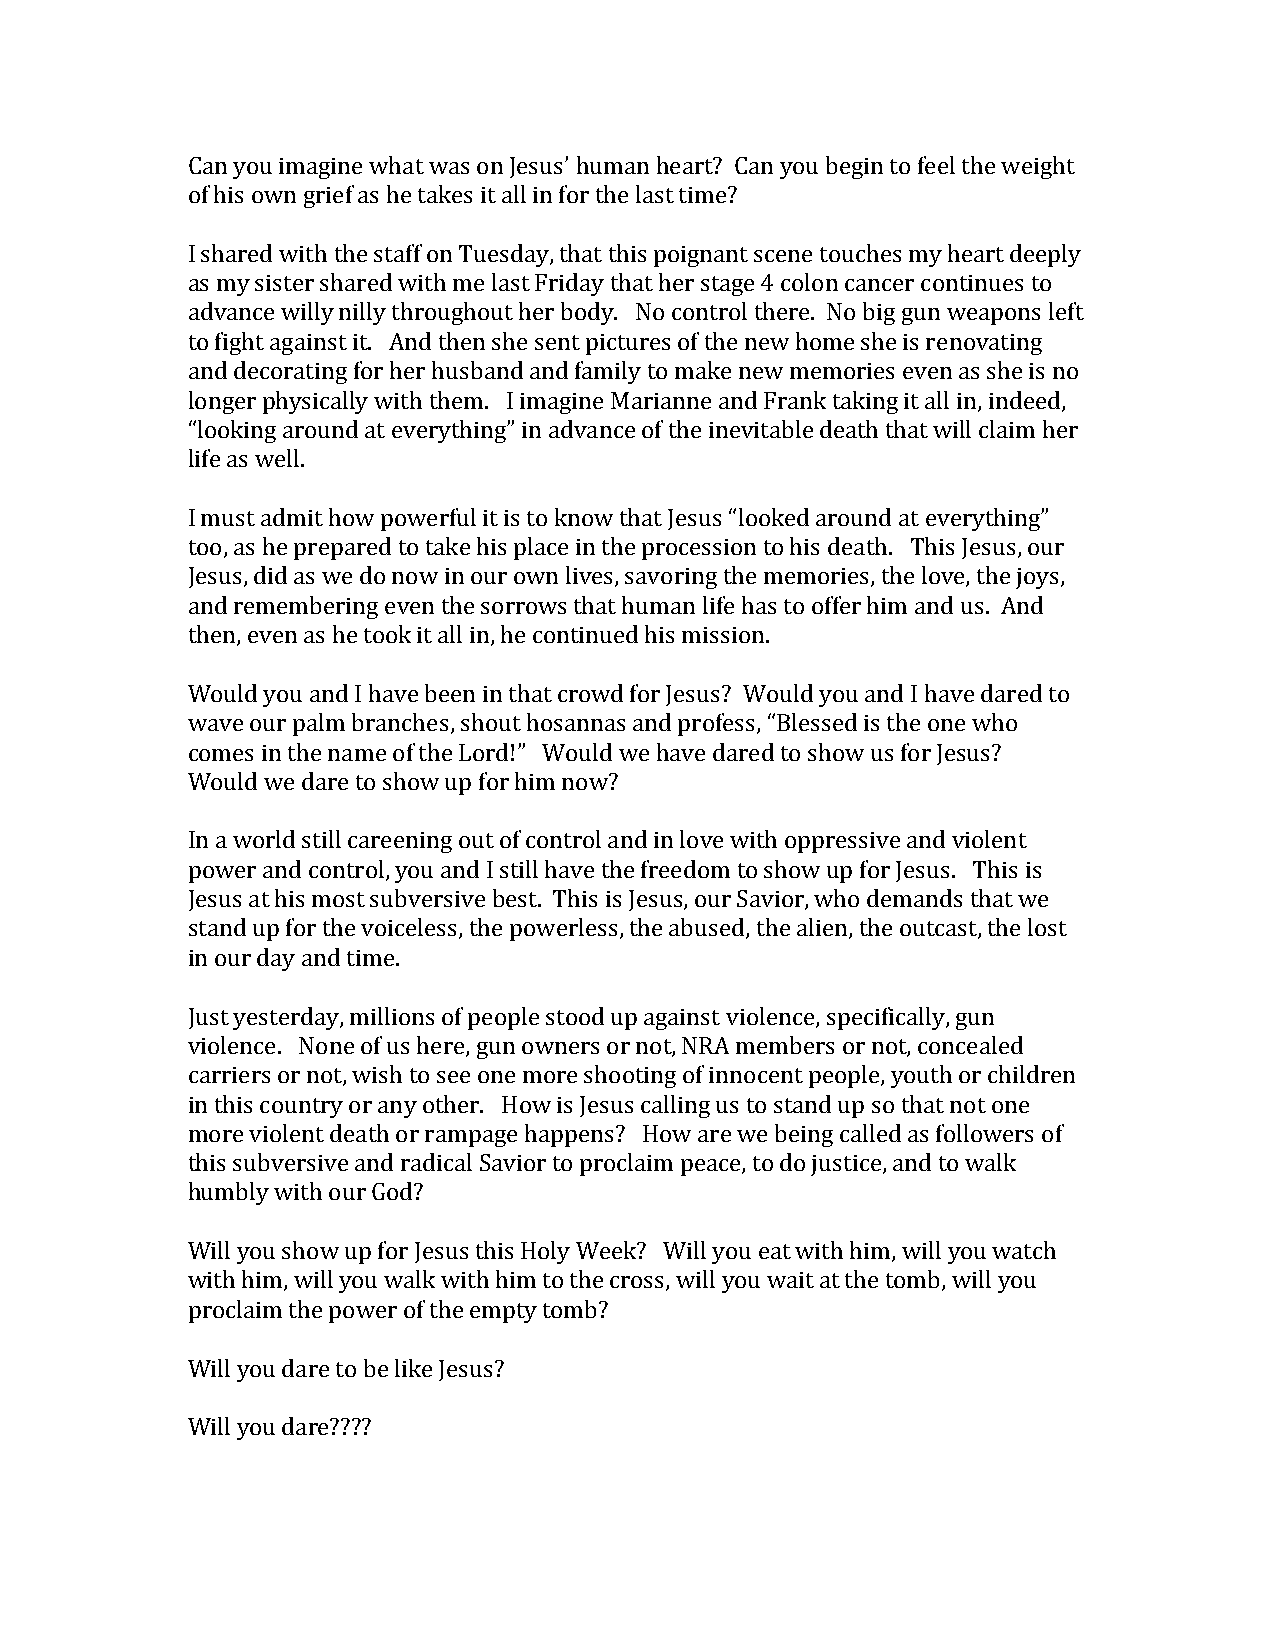
Can you imagine what was on Jesus’ human heart? Can you begin to feel the weight
 of his own grief as he takes it all in for the last time?
 I shared with the staff on Tuesday, that this poignant scene touches my heart deeply
 as my sister shared with me last Friday that her stage 4 colon cancer continues to
 advance willy nilly throughout her body. No control there. No big gun weapons left
 to fight against it. And then she sent pictures of the new home she is renovating
 and decorating for her husband and family to make new memories even as she is no
 longer physically with them. I imagine Marianne and Frank taking it all in, indeed,
 “looking around at everything” in advance of the inevitable death that will claim her
 life as well.
 I must admit how powerful it is to know that Jesus “looked around at everything”
 too, as he prepared to take his place in the procession to his death. This Jesus, our
 Jesus, did as we do now in our own lives, savoring the memories, the love, the joys,
 and remembering even the sorrows that human life has to offer him and us. And
 then, even as he took it all in, he continued his mission.
 Would you and I have been in that crowd for Jesus? Would you and I have dared to
 wave our palm branches, shout hosannas and profess, “Blessed is the one who
 comes in the name of the Lord!” Would we have dared to show us for Jesus?
 Would we dare to show up for him now?
 In a world still careening out of control and in love with oppressive and violent
 power and control, you and I still have the freedom to show up for Jesus. This is
 Jesus at his most subversive best. This is Jesus, our Savior, who demands that we
 stand up for the voiceless, the powerless, the abused, the alien, the outcast, the lost
 in our day and time.
 Just yesterday, millions of people stood up against violence, specifically, gun
 violence. None of us here, gun owners or not, NRA members or not, concealed
 carriers or not, wish to see one more shooting of innocent people, youth or children
 in this country or any other. How is Jesus calling us to stand up so that not one
 more violent death or rampage happens? How are we being called as followers of
 this subversive and radical Savior to proclaim peace, to do justice, and to walk
 humbly with our God?
 Will you show up for Jesus this Holy Week? Will you eat with him, will you watch
 with him, will you walk with him to the cross, will you wait at the tomb, will you
 proclaim the power of the empty tomb?
 Will you dare to be like Jesus?
 Will you dare????